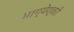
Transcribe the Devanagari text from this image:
भाग्येश्वरी